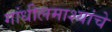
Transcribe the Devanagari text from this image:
गांधीलमाश्यांचे